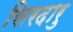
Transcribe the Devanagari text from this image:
सिरदारु